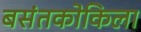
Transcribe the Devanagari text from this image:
बसंतकोकिला